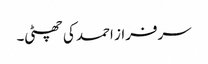
سرفراز احمد کی چھٹی۔